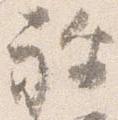
祢